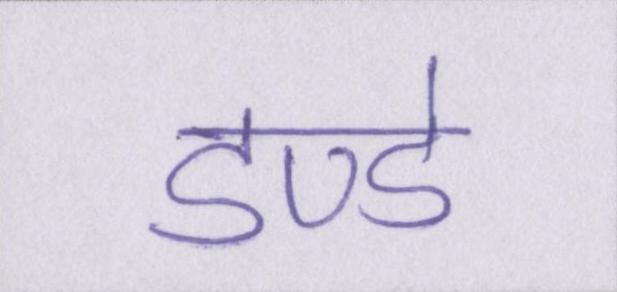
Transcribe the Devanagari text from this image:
डण्डे